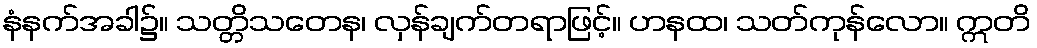
နံနက်အခါ၌။ သတ္တိသတေန၊ လှန်ချက်တရာဖြင့်။ ဟနထ၊ သတ်ကုန်လော။ ဣတိ